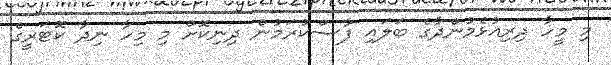
މި މީހާ ދިރިއުޅެމުންދާގެ ބަލައި ފާސްކުރަމުން ދިނިކޮށް މި މިހާ ނިދާ ކޮޓަރީގެ